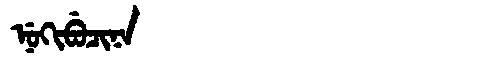
Manchu: ᠨᡠᡴᡳᠪᡠᠴᡳᠨᠠ
Romanization: NUKIBUCINA